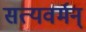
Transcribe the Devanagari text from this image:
सत्यवर्मन्